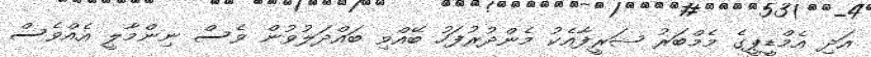
އަދި އެމްޑީޕީގެ މެމްބަރު ޝަރީފާއެކު މެންދުރުފަހު ބޭއްވި ބައްދަލުވުން ވެސް ނިންމާލީ އެއްވެސް